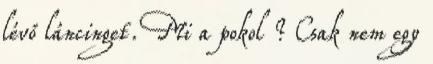
lévő láncinget. Mi a pokol ? Csak nem egy